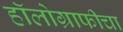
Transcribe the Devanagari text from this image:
हॉलोग्राफीचा